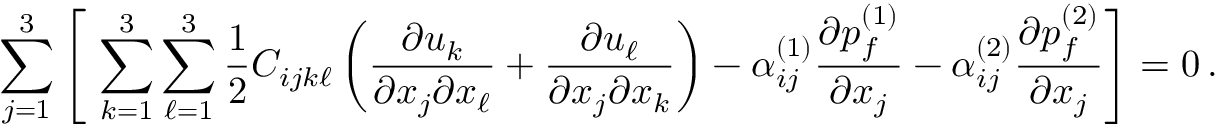
\sum _ { j = 1 } ^ { 3 } \left[ \, \, \sum _ { k = 1 } ^ { 3 } \sum _ { \ell = 1 } ^ { 3 } \frac { 1 } { 2 } C _ { i j k \ell } \left( \frac { \partial u _ { k } } { \partial { x _ { j } } \partial { x _ { \ell } } } + \frac { \partial u _ { \ell } } { \partial { x _ { j } } \partial { x _ { k } } } \right) - \alpha _ { i j } ^ { ( 1 ) } \frac { \partial { p _ { f } ^ { ( 1 ) } } } { \partial { x _ { j } } } - \alpha _ { i j } ^ { ( 2 ) } \frac { \partial { p _ { f } ^ { ( 2 ) } } } { \partial { x _ { j } } } \right] = 0 \, .